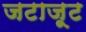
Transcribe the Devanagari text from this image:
जटाजूट